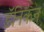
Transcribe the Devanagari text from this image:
डॅनिकन